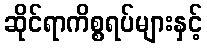
ဆိုင်ရာကိစ္စရပ်များနှင့်